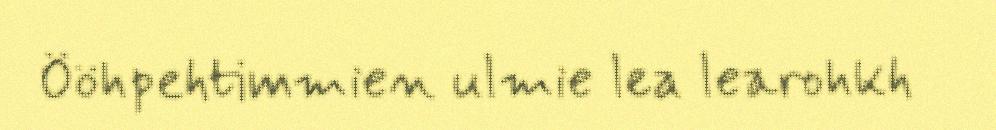
Ööhpehtimmien ulmie lea learohkh